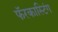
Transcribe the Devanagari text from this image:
फॅरकास्टिंग